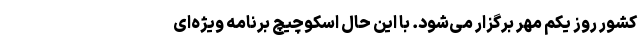
کشور روز یکم مهر برگزار می‌شود. با این حال اسکوچیچ برنامه ویژه‌ای